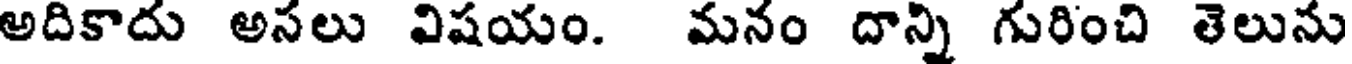
అదికాదు అసలు విషయం. మనం దాన్ని గురించి తెలును